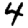
Digit: 4